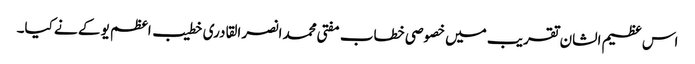
اس عظیم الشان تقریب میں خصوصی خطاب مفتی محمد انصر القادری خطیب اعظم یو کے نے کیا۔